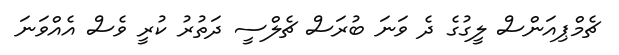
ޗެމްޕިއަންސް ލީގުގެ ދެ ވަނަ ބުރަސް ޗެލްސީ ދަތުރު ކުރީ ވެސް އެއްވަނަ